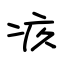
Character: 疚